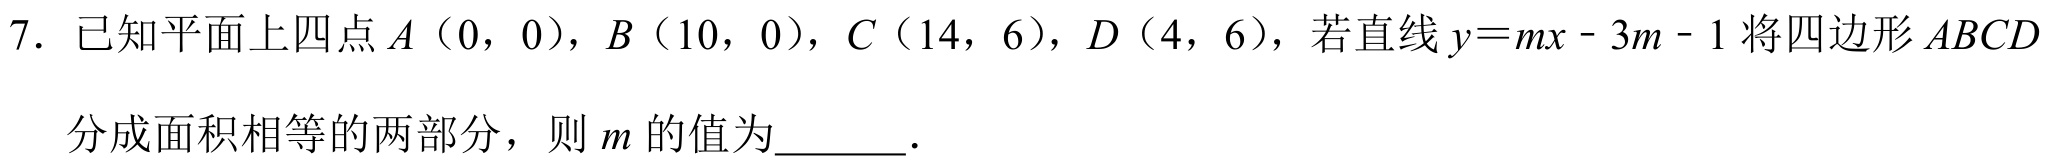
7. 已知平面上四点\(A（0，0）\)，\(B（10，0）\)，\(C（14，6）\)，\(D（4，6）\)，若直线\(y = mx - 3m - 1\)将四边形\(ABCD\)分成面积相等的两部分，则\(m\)的值为_______.